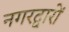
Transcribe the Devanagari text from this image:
नगरद्वारों